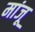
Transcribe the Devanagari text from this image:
मांजू